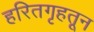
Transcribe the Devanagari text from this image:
हरितगृहतून